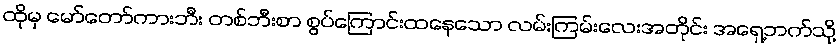
ထိုမှ မော်တော်ကားဘီး တစ်ဘီးစာ စွပ်ကြောင်းထနေသော လမ်းကြမ်းလေးအတိုင်း အရှေ့ဘက်သို့